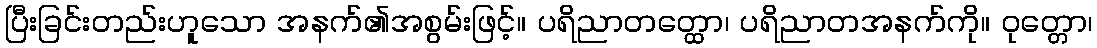
ပြီးခြင်းတည်းဟူသော အနက်၏အစွမ်းဖြင့်။ ပရိညာတတ္ထော၊ ပရိညာတအနက်ကို။ ဝုတ္တော၊